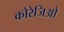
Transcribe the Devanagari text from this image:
कोरेजिओ